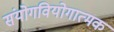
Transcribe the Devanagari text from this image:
संयोगवियोगात्मक